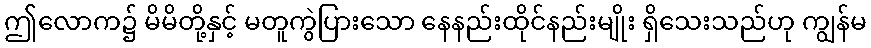
ဤလောက၌ မိမိတို့နှင့် မတူကွဲပြားသော နေနည်းထိုင်နည်းမျိုး ရှိသေးသည်ဟု ကျွန်မ